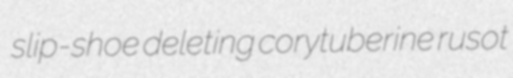
slip-shoe deleting corytuberine rusot